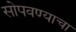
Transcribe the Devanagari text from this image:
सोपवण्याचा